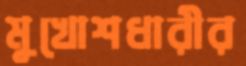
মুখোশধারীর